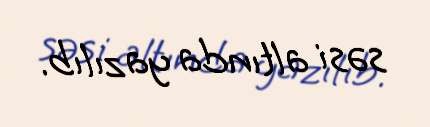
səsi altında yazılıb.